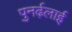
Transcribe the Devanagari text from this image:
पुनर्ढ़लाई